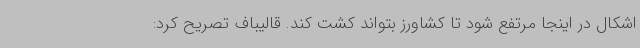
اشکال در اینجا مرتفع شود تا کشاورز بتواند کشت کند. قالیباف تصریح کرد: